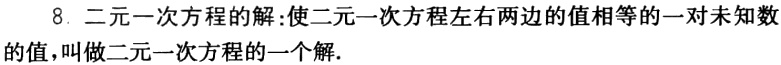
8. 二元一次方程的解：使二元一次方程左右两边的值相等的一对未知数的值，叫做二元一次方程的一个解.